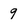
Character: 9